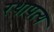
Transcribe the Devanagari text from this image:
रथापत्य